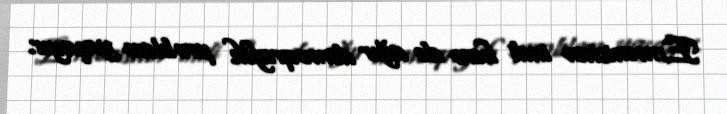
Ermənistan indi həm də ağır demoqrafik problem yaşayır.